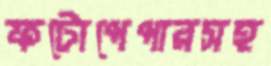
ফটোপেপারসহ